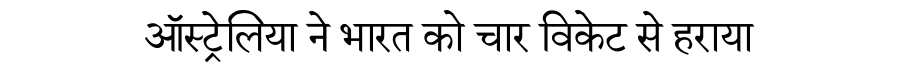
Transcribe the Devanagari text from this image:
ऑस्ट्रेलिया ने भारत को चार विकेट से हराया